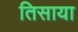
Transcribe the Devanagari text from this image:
तिसाया